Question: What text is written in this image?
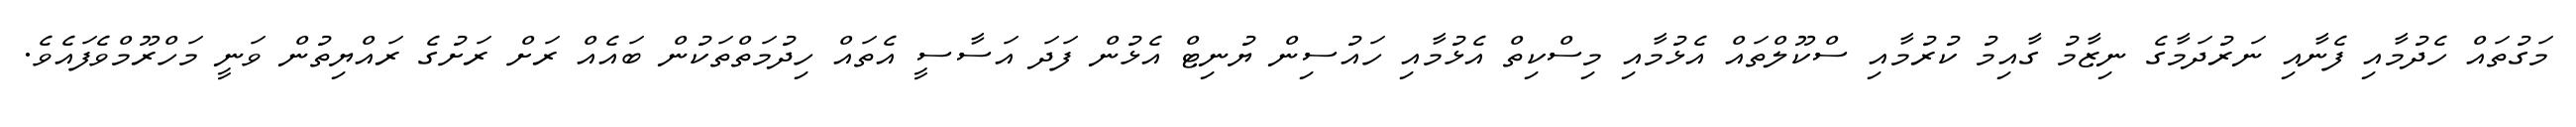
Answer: މަގުތައް ހެދުމާއި ފެނާއި ނަރުދަމާގެ ނިޒާމު ގާއިމު ކުރުމާއި ސްކޫލްތައް އެޅުމާއި މިސްކިތް އެޅުމާއި ހައުސިން ޔުނިޓް އެޅުން ފަދަ އަސާސީ އެތައް ހިދުމަތްތަކުން ބައެއް ރަށް ރަށުގެ ރައްޔިތުން ވަނީ މަހްރޫމްވެފައެވެ.